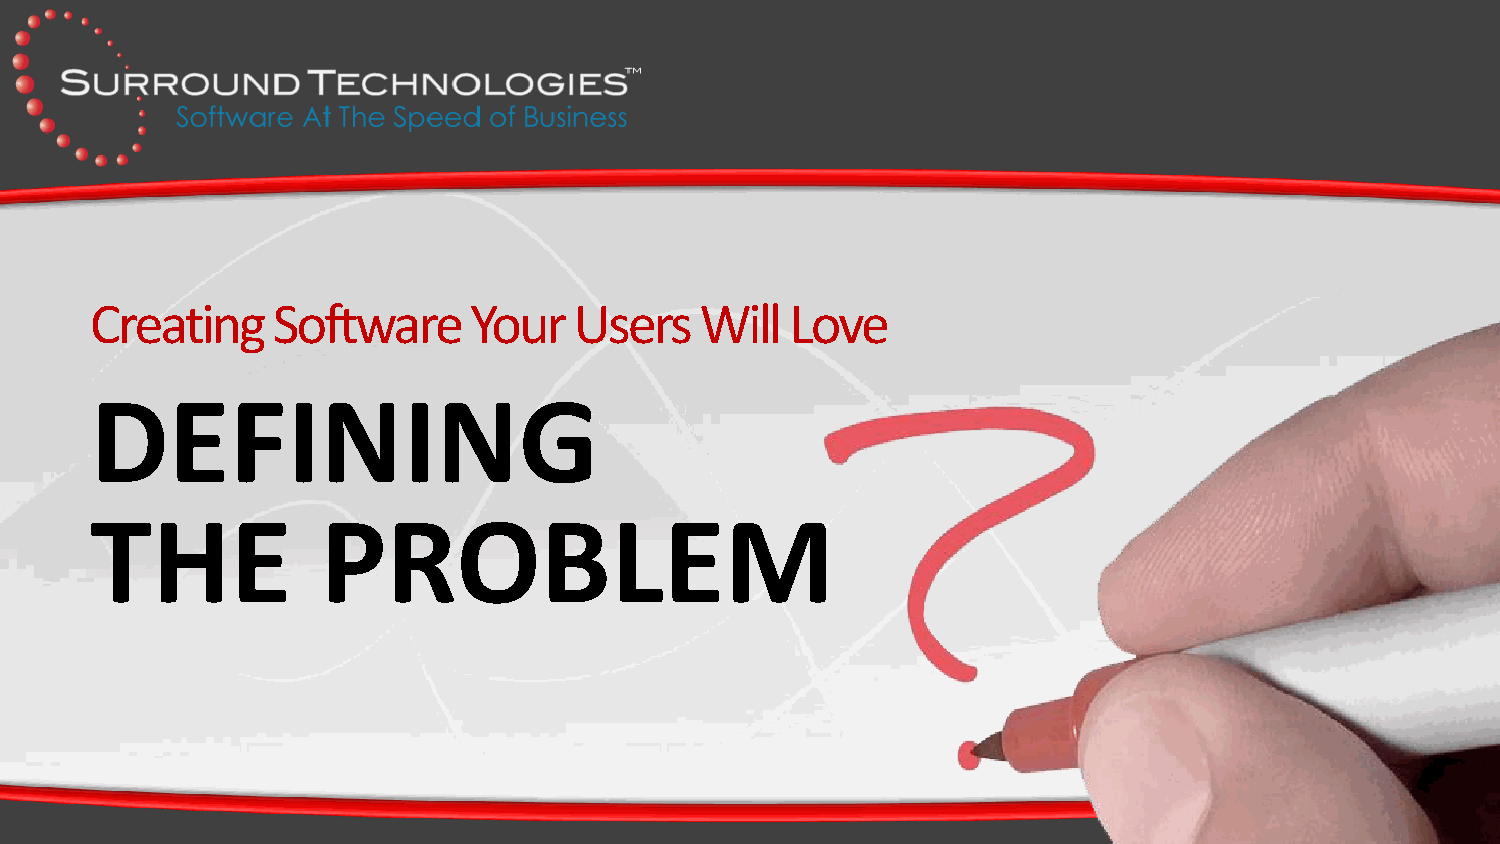
Creating    Software     Your   Users   Will  Love
 DEFINING
 THE            PROBLEM
 surroundtech.com